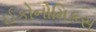
ઈકોનોમિકસ